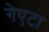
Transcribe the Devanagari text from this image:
गेएटा